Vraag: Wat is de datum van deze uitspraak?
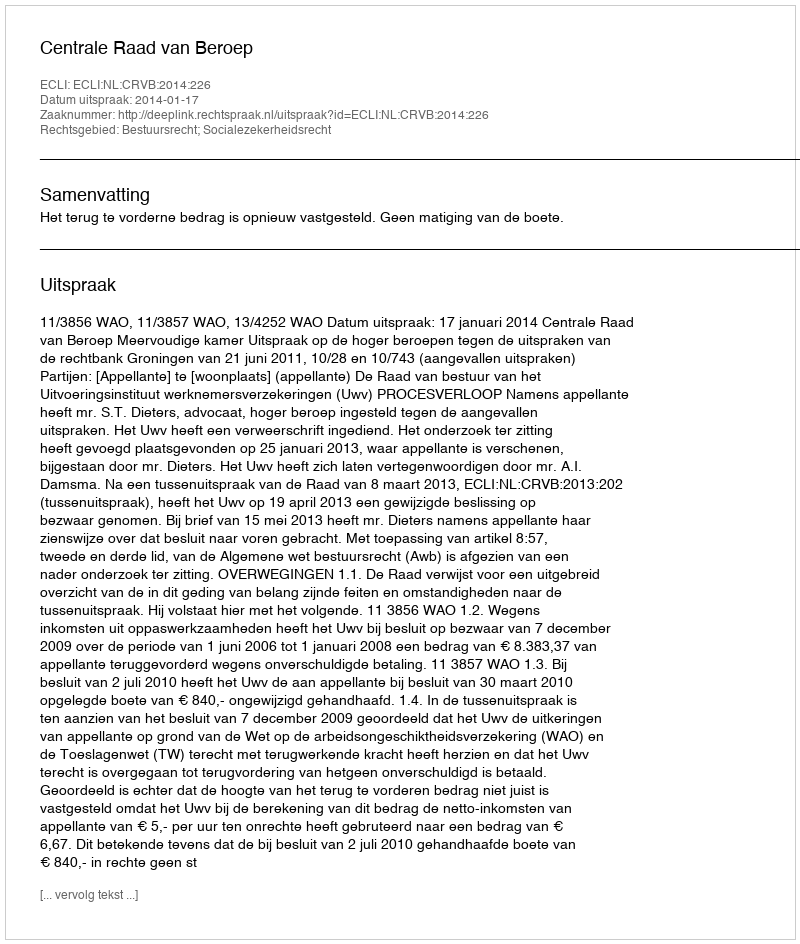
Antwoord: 2014-01-17